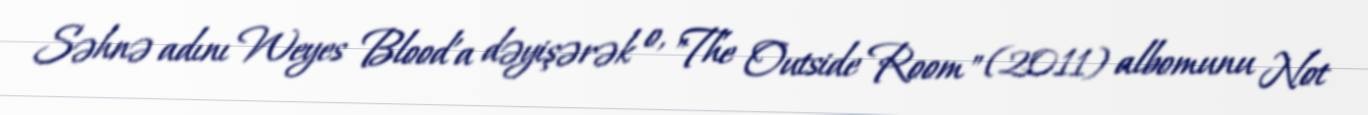
Səhnə adını Weyes Blood'a dəyişərək o, "The Outside Room" (2011) albomunu Not